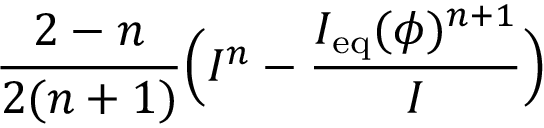
\displaystyle \frac { 2 - n } { 2 ( n + 1 ) } \Big ( I ^ { n } - \frac { I _ { \mathrm { e q } } ( \phi ) ^ { n + 1 } } { I } \Big )